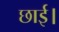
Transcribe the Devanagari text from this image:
छाई।